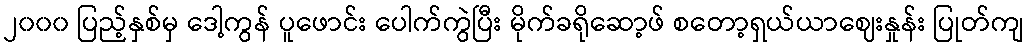
၂၀၀၀ ပြည့်နှစ်မှ ဒေါ့ကွန် ပူဖောင်း ပေါက်ကွဲပြီး မိုက်ခရိုဆော့ဖ် စတော့ရှယ်ယာဈေးနှုန်း ပြုတ်ကျ